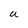
Character: U